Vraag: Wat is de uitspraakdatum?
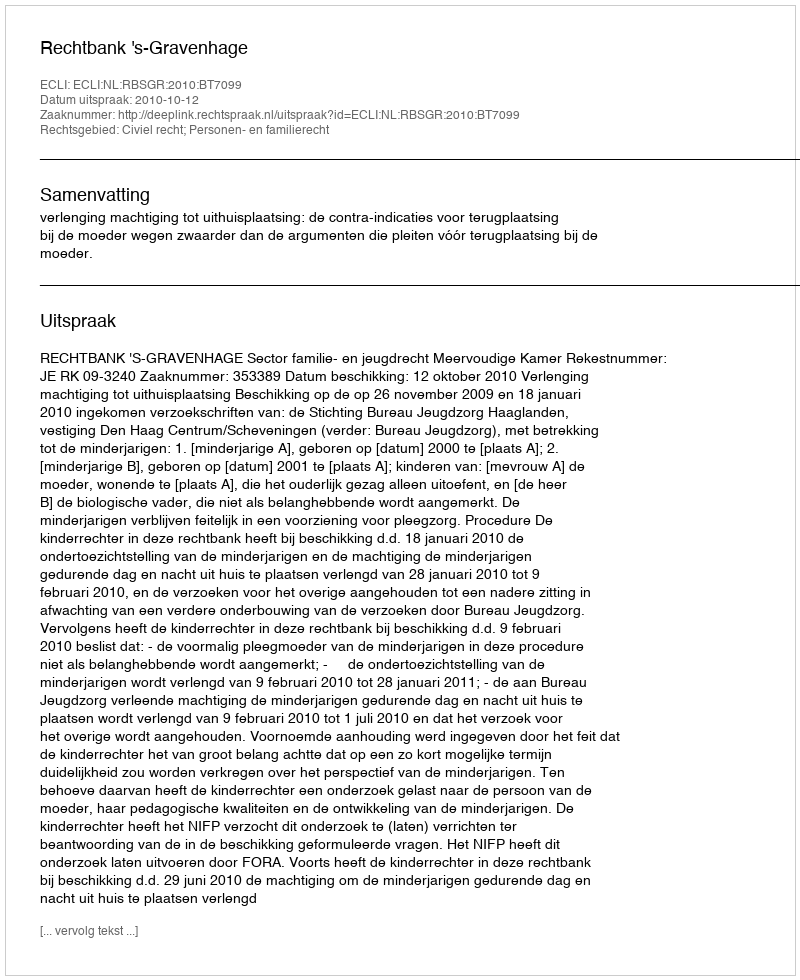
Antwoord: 2010-10-12